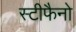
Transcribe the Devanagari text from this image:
स्टीफैनो